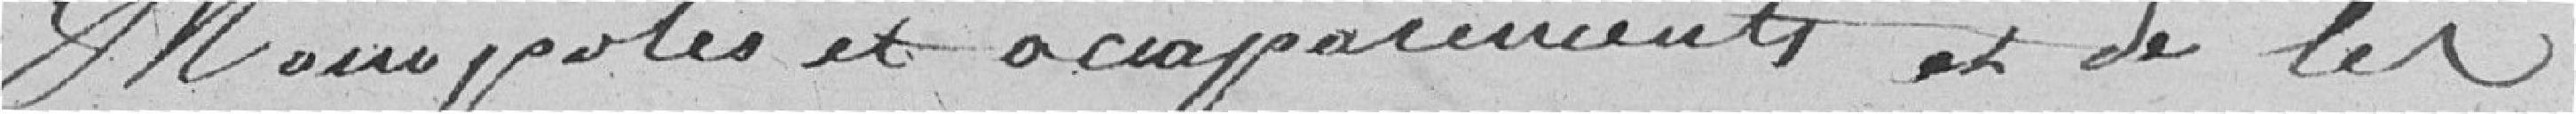
monopoles et accaparements et de les